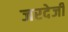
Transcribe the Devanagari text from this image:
जरदेजी